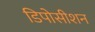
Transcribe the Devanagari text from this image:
डिपोसीशन